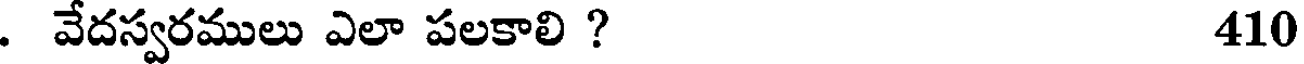
. వేదస్వరములు ఎలా పలకాలి ? 410